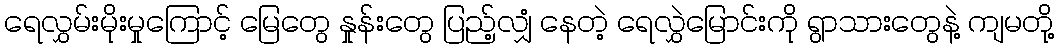
ရေလွှမ်းမိုးမှုကြောင့် မြေတွေ နှုန်းတွေ ပြည့်လျှံ နေတဲ့ ရေလွှဲမြောင်းကို ရွာသားတွေနဲ့ ကျမတို့